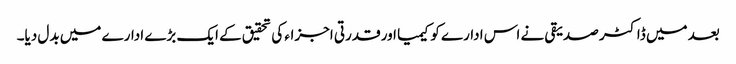
بعد میں ڈاکٹر صدیقی نے اس ادارے کو کیمیا اور قدرتی اجزاء کی تحقیق کے ایک بڑے ادارے میں بدل دیا۔